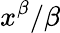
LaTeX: x^{\beta}/\beta